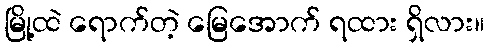
မြို့ထဲ ရောက်တဲ့ မြေအောက် ရထား ရှိလား။